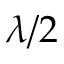
\lambda / 2